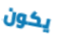
يكون